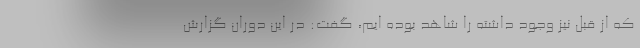
که از قبل نیز وجود داشته را شاهد بوده ایم، گفت: در این دوران گزارش